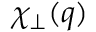
\chi _ { \perp } ( q )